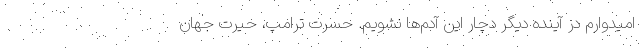
امیدوارم در آینده دیگر دچار این آدم‌ها نشویم. حسرتِ ترامپ، حیرتِ جهان